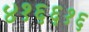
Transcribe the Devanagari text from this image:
४१६६१६